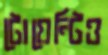
টোয়েন্টিও